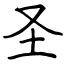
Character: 圣